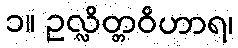
၁။ ဥလ္လိတ္တဝိဟာရ၊